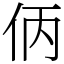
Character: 㑂